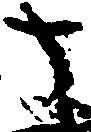
さ